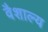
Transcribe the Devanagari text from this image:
वैशाल्य